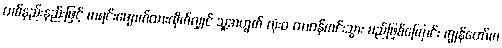
တစ်နည်းနည်းဖြင့် စာရင်းဖျောက်ထားလိုက်လျှင် သူ့အတွက် လုံးဝ တာဝန်ကင်းသွား မည်ဖြစ်ကြောင်း ကျွန်တော်က